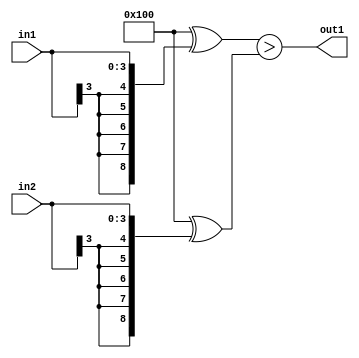
`timescale 1ps / 1ps
/*****************************************************************************
    Verilog RTL Description
    
    
    Created by: Stratus DpOpt 2019.1.01 
*******************************************************************************/

module SobelFilter_LessThan_4Sx4S_1U_4 (
	in2,
	in1,
	out1
	); /* architecture "behavioural" */ 
input [3:0] in2,
	in1;
output  out1;
wire  asc001;

assign asc001 = ((9'B100000000 ^ {{5{in1[3]}}, in1})>(9'B100000000 ^ {{5{in2[3]}}, in2}));

assign out1 = asc001;
endmodule

/* CADENCE  ubTxQw0= : u9/ySgnWtBlWxVPRXgAZ4Og= ** DO NOT EDIT THIS LINE ******/